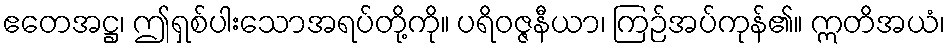
ဧတေအဋ္ဌ၊ ဤရှစ်ပါးသောအရပ်တို့ကို။ ပရိဝဇ္ဇနီယာ၊ ကြဉ်အပ်ကုန်၏။ ဣတိအယံ၊